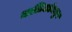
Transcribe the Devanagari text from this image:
मालिकांमधुन